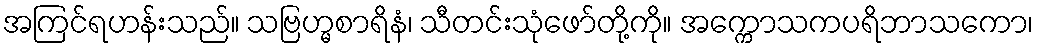
အကြင်ရဟန်းသည်။ သဗြဟ္မစာရိနံ၊ သီတင်းသုံဖော်တို့ကို။ အက္ကောသကပရိဘာသကော၊